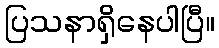
ပြသနာရှိနေပါပြီ။